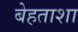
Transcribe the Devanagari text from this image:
बेहताशा